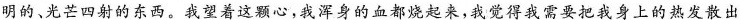
明的，光芒四射的东西。我望着这颗心，我浑身的血都烧起来，我觉得我需要把我身上的热发散出